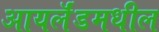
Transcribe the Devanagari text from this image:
आयर्लॅडमधील